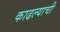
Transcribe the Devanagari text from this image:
काढल्याची